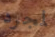
لمجرد